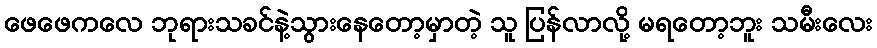
ဖေဖေကလေ ဘုရားသခင်နဲ့သွားနေတော့မှာတဲ့ သူ ပြန်လာလို့ မရတော့ဘူး သမီးလေး